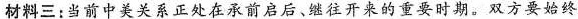
材料三：当前中美关系正处在承前启后、继往开来的重要时期。双方要始终